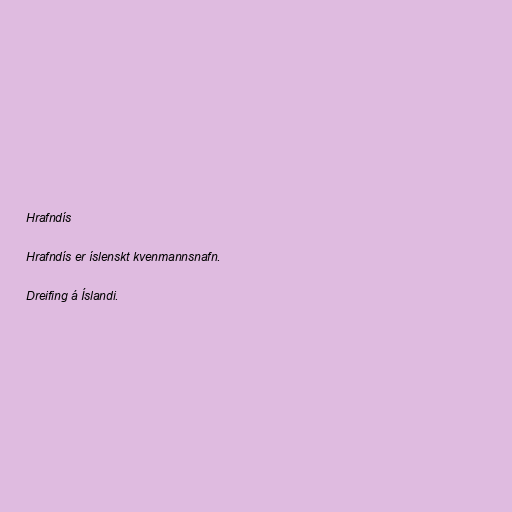
Hrafndís

Hrafndís er íslenskt kvenmannsnafn.

Dreifing á Íslandi.